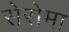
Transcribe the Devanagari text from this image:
सेरोमा